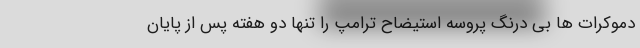
دموکرات ها بی درنگ پروسه استیضاح ترامپ را تنها دو هفته پس از پایان